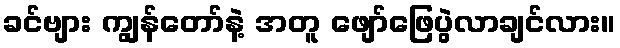
ခင်ဗျား ကျွန်တော်နဲ့ အတူ ဖျော်ဖြေပွဲလာချင်လား။